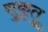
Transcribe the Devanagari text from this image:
सुकृतु